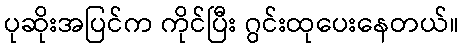
ပုဆိုးအပြင်က ကိုင်ပြီး ဂွင်းထုပေးနေတယ်။